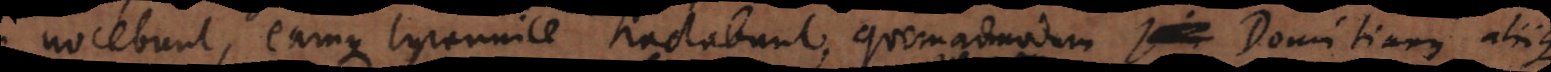
nocebunt, eamque tyrannice tractabunt, quemadmodum Domitianus aliiqu